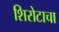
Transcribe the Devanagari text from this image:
शिरोटाचा